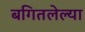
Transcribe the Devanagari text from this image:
बगितलेल्या